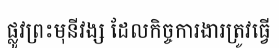
ផ្លូវព្រះមុនីវង្ស ដែលកិច្ចការងារត្រូវធ្វើ